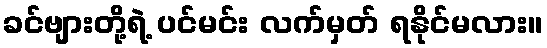
ခင်ဗျားတို့ရဲ့ ပင်မင်း လက်မှတ် ရနိုင်မလား။